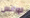
لورانس